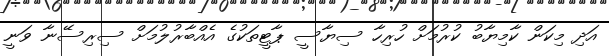
އަދި މިކަން ކާމިޔާބު ކުރުމަށް ހުރިހާ ސިޔާސީ ޕާޓީތަކުގެ އެއްބާރުލުމަށް ސިރިސޭނާ ވަނީ